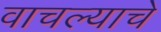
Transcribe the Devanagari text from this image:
वाचल्याचे